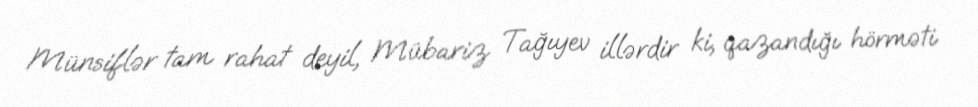
Münsiflər tam rahat deyil, Mübariz Tağıyev illərdir ki, qazandığı hörməti